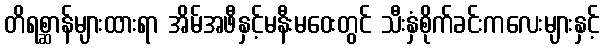
တိရစ္ဆာန်များထားရာ အိမ်အဖီနှင့်မနီးမဝေးတွင် သီးနှံစိုက်ခင်းကလေးများနှင့်